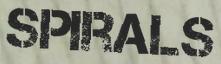
SPIRALS